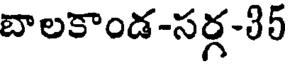
బాలకాండ-సర్గ-35